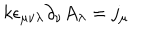
LaTeX: k \epsilon _ { \mu \nu \lambda } \partial _ { \nu } A _ { \lambda } = j _ { \mu }